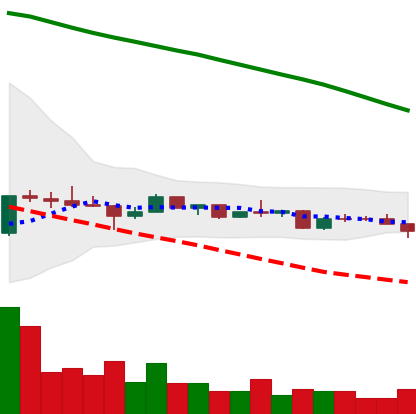
Ticker: ETC-USD
Chart end date: 2022-12-12
Forward return: -12.684%
Label: down_7plus